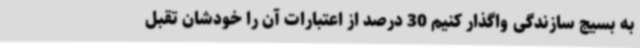
به بسیج سازندگی واگذار کنیم 30 درصد از اعتبارات آن را خودشان تقبل